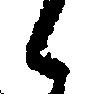
候